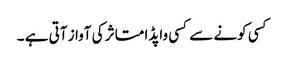
کسی کونے سے کسی واپڈا متاثر کی آواز آتی ہے ۔